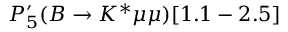
P _ { 5 } ^ { \prime } ( B \to K ^ { * } \mu \mu ) [ 1 . 1 - 2 . 5 ]